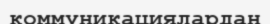
коммуникациялардан